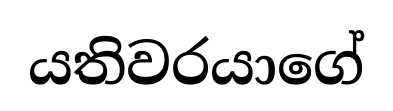
යතිවරයාගේ